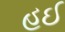
હઈ